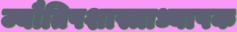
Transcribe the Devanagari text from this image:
ज्यौतिषशास्त्राध्यापक